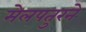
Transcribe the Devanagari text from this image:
मेलपतुरने